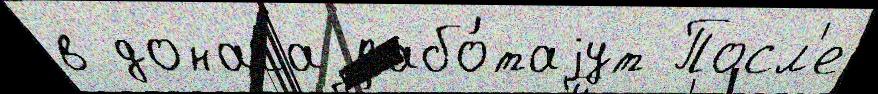
в донага рабо́таjут Посл'е